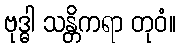
ဗုဒ္ဓါ သန္တိကရာ တုဝံ။